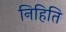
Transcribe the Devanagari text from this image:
निहिति